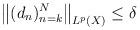
LaTeX: \begin{align*} \big\|(d_n)_{n=k}^N\big\|_{ L^p(X)} \le \delta \end{align*}